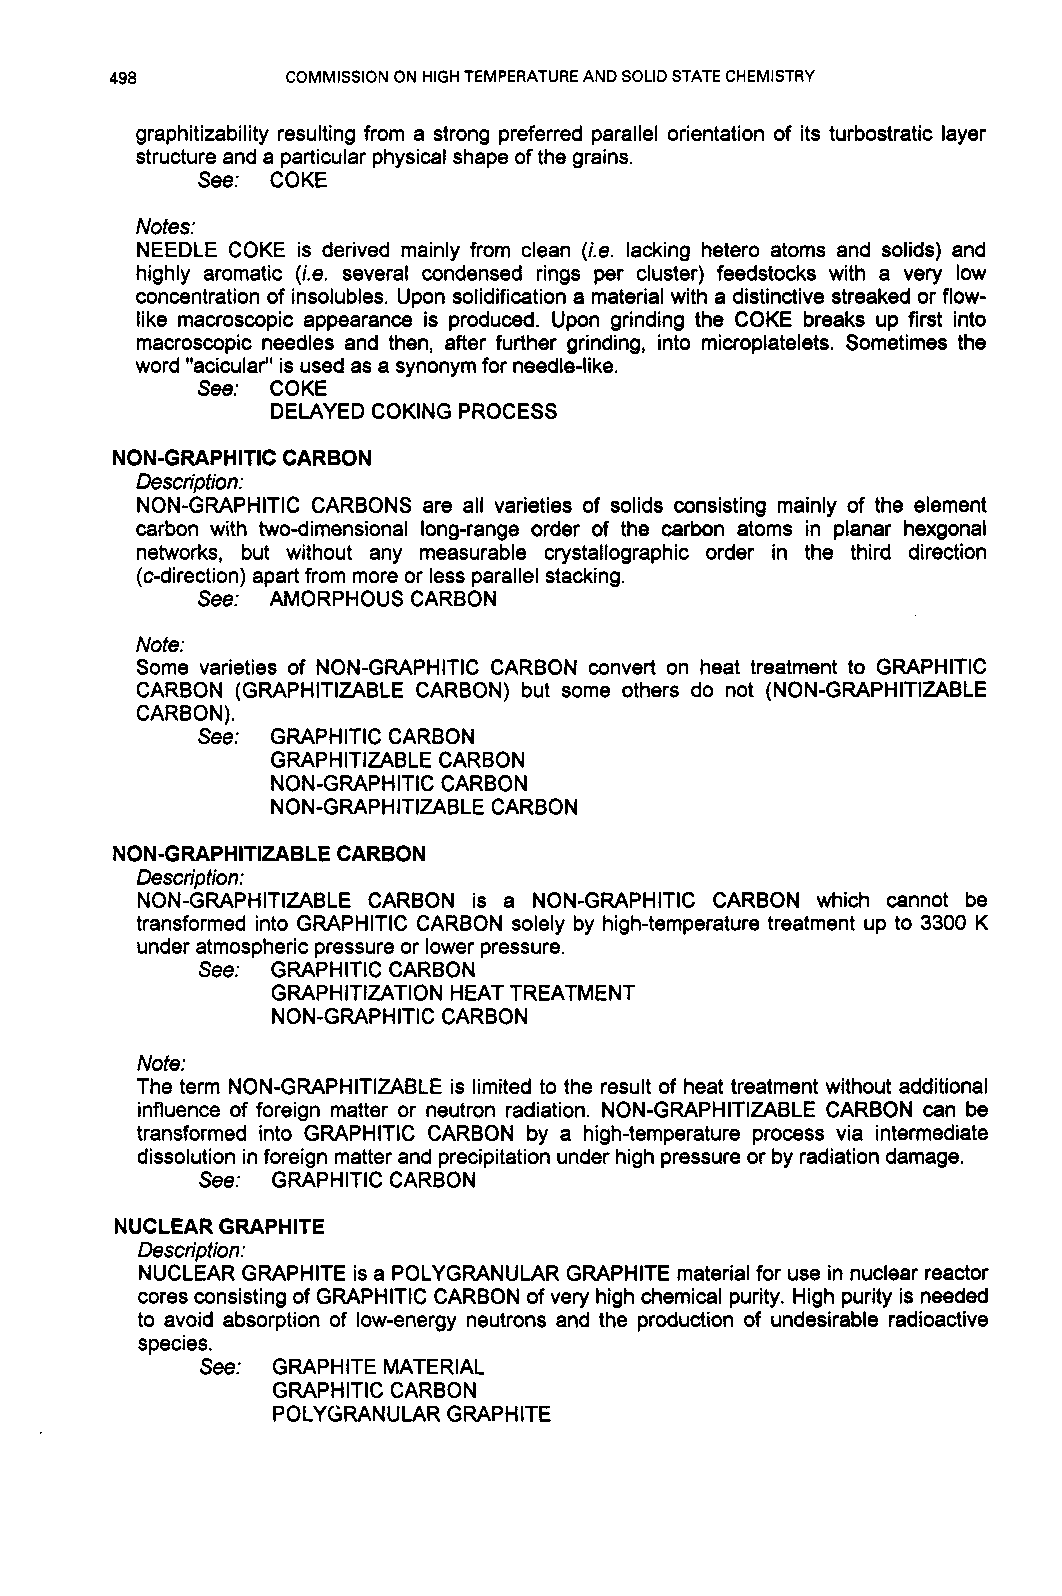
498         COMMISSION ON HIGH TEMPERATURE AND SOLID STATE CHEMISTRY
 graphitizability resulting from a strong preferred parallel orientation of its turbostratic layer
 structure and a particular physical shape of the grains.
 See: COKE
 Notes:
 NEEDLE COKE is derived mainly from clean (i.e. lacking hetero atoms and solids) and
 highly aromatic (i.e. several condensed rings per cluster) feedstocks with a very low
 concentration of insolubles. Upon solidification a material with a distinctive streaked or flow-
 like macroscopic appearance is produced. Upon grinding the COKE breaks up first into
 macroscopic needles and then, after further grinding, into microplatelets. Sometimes the
 word "acicular" is used as a synonym for needle-like.
 See: COKE
 DELAYED COKING PROCESS
 NON-GRAPHITIC CARBON
 Description:
 NON-GRAPHITIC CARBONS are all varieties of solids consisting mainly of the element
 carbon with two-dimensional long-range order of the carbon atoms in planar hexgonal
 networks, but without any measurable crystallographic order in the third direction
 (c-direction) apart from more or less parallel stacking.
 See: AMORPHOUS CARBON
 Note:
 Some varieties of NON-GRAPHITIC CARBON convert on heat treatment to GRAPHITIC
 CARBON (GRAPHITIZABLE CARBON) but some others do not (NON-GRAPHITIZABLE
 CARBON).
 See: GRAPHITIC CARBON
 GRAPHITIZABLE CARBON
 NON-GRAPHITIC CARBON
 NON-GRAPHITIZABLEC ARBON
 NON-GRAPHITIZABLE CARBON
 Description:
 NON-GRAPHITIZABLE CARBON is a NON-GRAPHITIC CARBON which cannot be
 transformed into GRAPHITIC CARBON solely by high-temperature treatment up to 3300 K
 under atmospheric pressure or lower pressure.
 See: GRAPHITIC CARBON
 GRAPHITIZATION HEAT TREATMENT
 NON-GRAPHITIC CARBON
 Note:
 The term NON-GRAPHITIZABLE is limited to the result of heat treatment without additional
 influence of foreign matter or neutron radiation. NON-GRAPHITIZABLE CARBON can be
 transformed into GRAPHITIC CARBON by a high-temperature process via intermediate
 dissolution in foreign matter and precipitation under high pressure or by radiation damage.
 See: GRAPHITIC CARBON
 NUCLEAR GRAPHITE
 Description:
 NUCLEAR GRAPHITE is a POLYGRANULAR GRAPHITE material for use in nuclear reactor
 cores consisting of GRAPHITIC CARBON of very high chemical purity. High purity is needed
 to avoid absorption of low-energy neutrons and the production of undesirable radioactive
 species.
 See: GRAPHITE MATERIAL
 GRAPHITIC CARBON
 POLYGRANULAR GRAPHITE